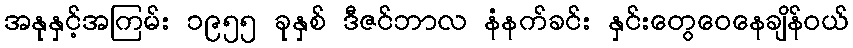
အနုနှင့်အကြမ်း ၁၉၅၅ ခုနှစ် ဒီဇင်ဘာလ နံနက်ခင်း နှင်းတွေဝေနေချိန်ဝယ်